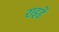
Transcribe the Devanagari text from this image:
राइडें